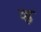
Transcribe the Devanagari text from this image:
व्ह्न